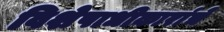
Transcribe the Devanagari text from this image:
विशेषाधीकारांचे